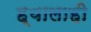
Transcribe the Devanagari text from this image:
ह्यालाही